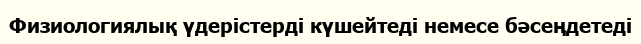
Физиологиялық үдерістерді күшейтеді немесе бәсеңдетеді